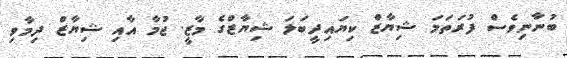
ބުނާނިވެސް ފުރަތަމަ ޝިޔާޒް ކިޔައިދީބަލަ ޝިޔާޒްގެ މާޒީ. ޖުމާ އާއި ޝިޔާޒް ދިމާވި